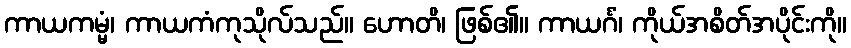
ကာယကမ္မံ၊ ကာယကံကုသိုလ်သည်။ ဟောတိ၊ ဖြစ်၏။ ကာယင်္ဂံ၊ ကိုယ်အစိတ်အပိုင်းကို။